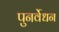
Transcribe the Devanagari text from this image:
पुनर्वेधन